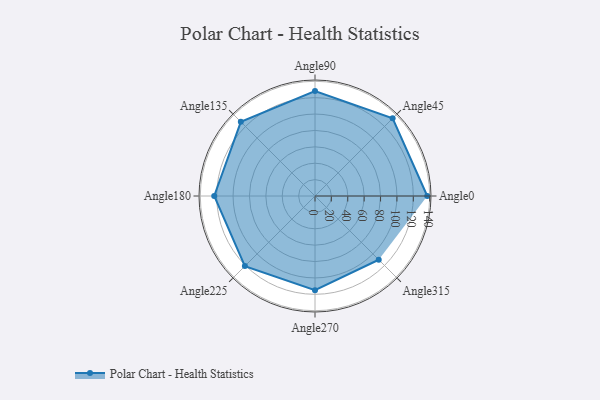
{"axis": {"x": "Angle", "y": "Radius"}, "legend": [""], "data": [{"x": "Angle0", "y": 137.0, "type": ""}, {"x": "Angle45", "y": 134.0, "type": ""}, {"x": "Angle90", "y": 128.0, "type": ""}, {"x": "Angle135", "y": 128.0, "type": ""}, {"x": "Angle180", "y": 123.0, "type": ""}, {"x": "Angle225", "y": 121.0, "type": ""}, {"x": "Angle270", "y": 115.0, "type": ""}, {"x": "Angle315", "y": 110.0, "type": ""}]}